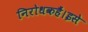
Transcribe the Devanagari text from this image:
निरोधकहैं।इसे